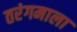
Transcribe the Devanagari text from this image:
तरंगमाला